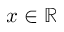
x \in \mathbb R